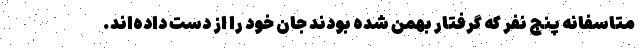
متاسفانه پنج نفر که گرفتار بهمن شده بودند جان خود را از دست داده‌اند.